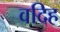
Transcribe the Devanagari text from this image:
वदिह